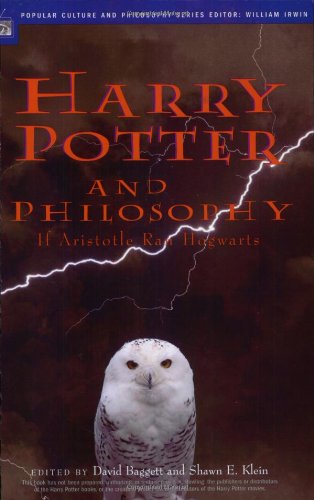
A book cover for Harry Potter and Philosophy: If Aristotle Ran Hogwarts; Science Fiction & Fantasy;